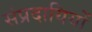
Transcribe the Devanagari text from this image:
संप्रदायियों